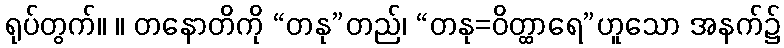
ရုပ်တွက်။ ။ တနောတိကို “တနု”တည်၊ “တနု=ဝိတ္ထာရေ”ဟူသော အနက်၌